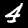
Label: 4